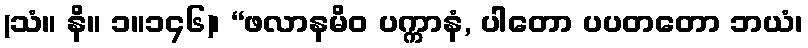
(သံ။ နိ။ ၁။၁၄၆)၊ “ဖလာနမိဝ ပက္ကာနံ, ပါတော ပပတတော ဘယံ၊